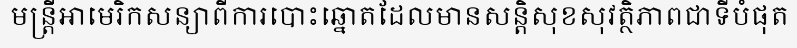
មន្ត្រីអាមេរិកសន្យាពីការបោះឆ្នោតដែលមានសន្តិសុខសុវត្ថិភាពជាទីបំផុត